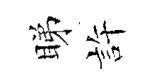
睇許